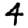
Digit: 4